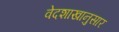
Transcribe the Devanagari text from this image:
वेदशाखानुसार